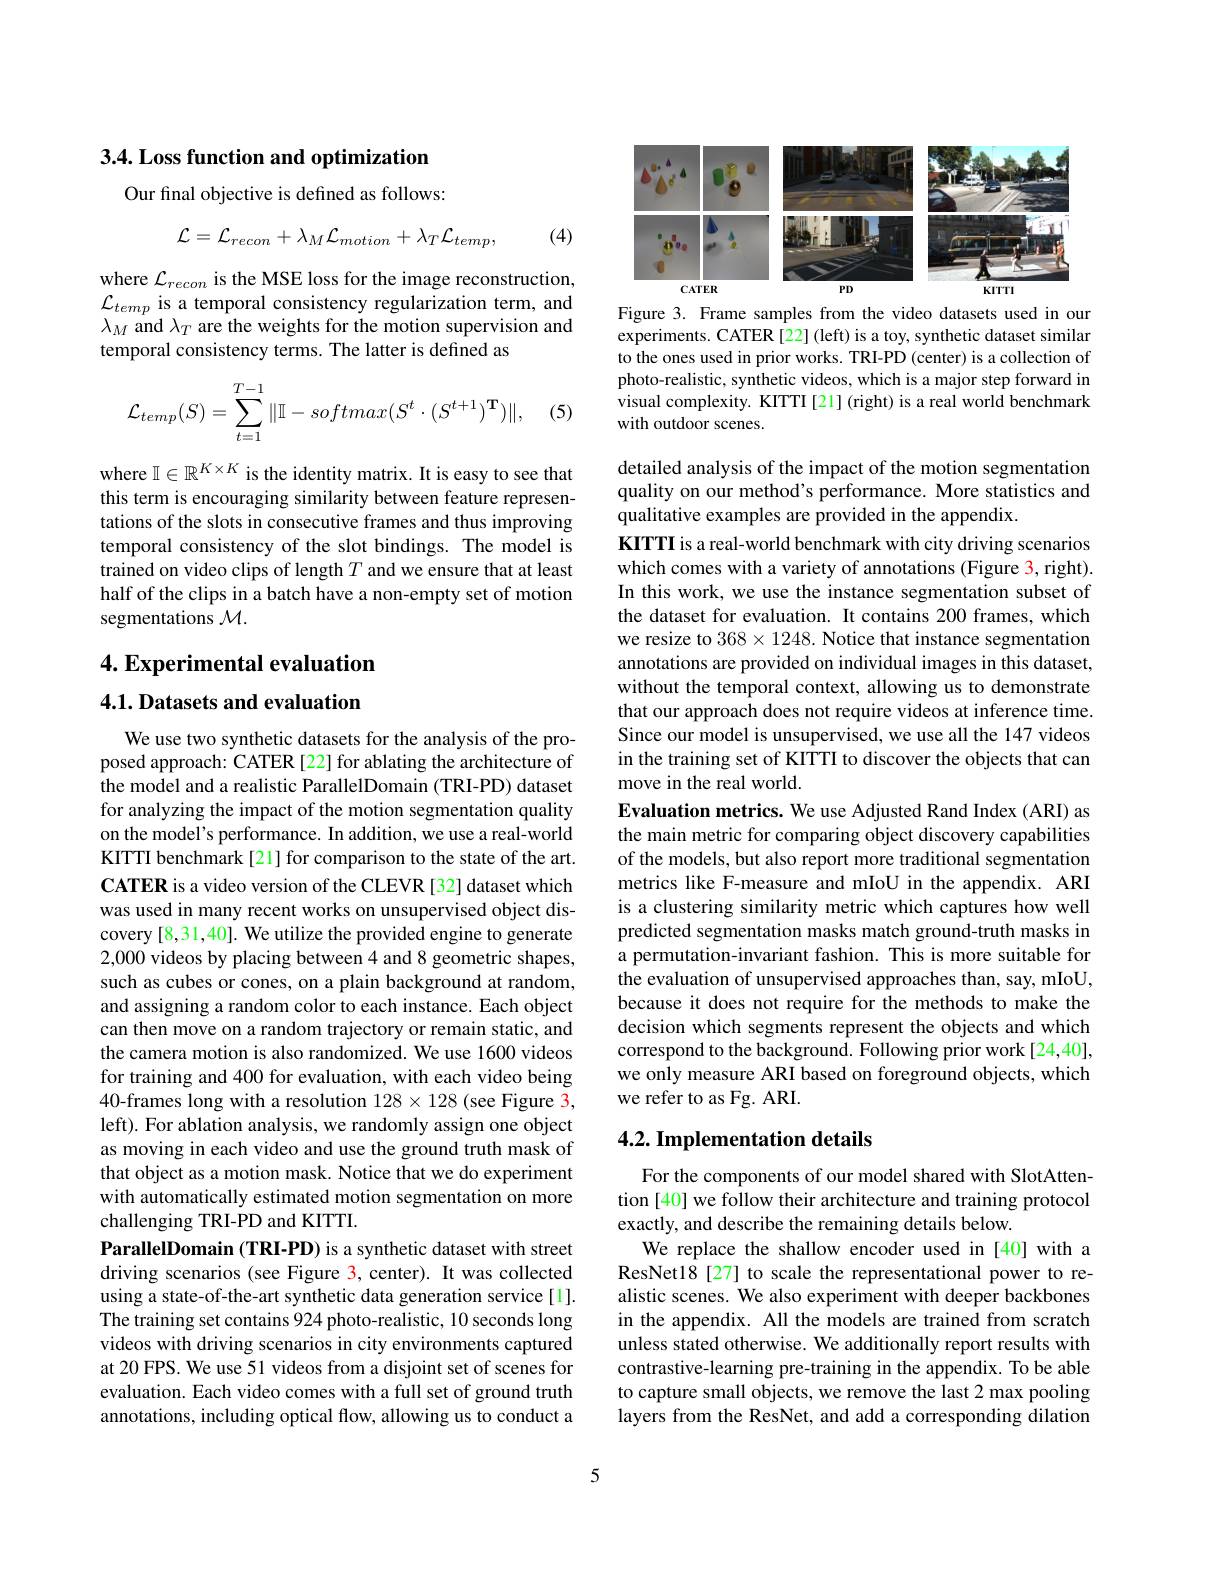
3.4. Loss function and optimization

Our final objective is defined as follows:
$$\mathcal{L}=\mathcal{L}_{recon}+\lambda_{M}\mathcal{L}_{motion}+\lambda_{T}\mathcal{L}_{temp},$$
(4)

where $\mathcal{L}_recon$ is the MSE loss for the image reconstruction, $\mathcal{L}_{temp}$ is a temporal consistency regularization term, and $\lambda_M$ and $\lambda_T$ are the weights for the motion supervision and temporal consistency terms. The latter is defined as
$$\mathcal{L}_{temp}(S)=\sum\limits_{t=1}^{T-1}\|\mathbb{I}-softmax(S^t\cdot(S^{t+1})^\mathbf{T})\|,$$
(5)

where $\mathbb{I}\in\mathbb{R}^K\times K$ is the identity matrix. It is easy to see that this term is encouraging similarity between feature representations of the slots in consecutive frames and thus improving temporal consistency of the slot bindings. The model is trained on video clips of length $T$ and we ensure that at least half of the clips in a batch have a non-empty set of motion segmentations $\mathcal{M}.$

4. Experimental evaluation

## 4.1. Datasets and evaluation

We use two synthetic datasets for the analysis of the proposed approach: CATER [22] for ablating the architecture of the model and a realistic ParallelDomain (TRI-PD) dataset for analyzing the impact of the motion segmentation quality on the model's performance. In addition, we use a real-world KITTI benchmark[21] for comparison to the state of the art. CATER is a video version of the CLEVR [32] dataset which was used in many recent works on unsupervised object discovery [8,31,40]. We utilize the provided engine to generate 2,000 videos by placing between 4 and 8 geometric shapes, such as cubes or cones, on a plain background at random, and assigning a random color to each instance. Each object can then move on a random trajectory or remain static, and the camera motion is also randomized. We use 1600 videos for training and 400 for evaluation, with each video being 40-frames long with a resolution $128\times128$ (see Figure 3, left). For ablation analysis, we randomly assign one object as moving in each video and use the ground truth mask of that object as a motion mask. Notice that we do experiment with automatically estimated motion segmentation on more challenging TRI-PD and KITTI.
ParallelDomain (TRI-PD) is a synthetic dataset with street driving scenarios (see Figure 3, center). It was collected using a state-of-the-art synthetic data generation service[1]. The training set contains 924 photo-realistic, 10 seconds long videos with driving scenarios in city environments captured at 20 FPS. We use 51 videos from a disjoint set of scenes for evaluation. Each video comes with a full set of ground truth annotations, including optical flow, allowing us to conduct a

<FigureHere>

Figure 3. Frame samples from the video datasets used in our experiments. CATER [22] (left) is a toy, synthetic dataset similar to the ones used in prior works. TRI-PD (center) is a collection of photo-realistic, synthetic videos, which is a major step forward in visual complexity. KITTI [21] (right) is a real world benchmark with outdoor scenes.

detailed analysis of the impact of the motion segmentation quality on our method's performance. More statistics and qualitative examples are provided in the appendix.
KITTI is a real-world benchmark with city driving scenarios which comes with a variety of annotations (Figure 3, right). In this work, we use the instance segmentation subset of the dataset for evaluation. It contains 200 frames, which we resize to 368$\times1248.$ Notice that instance segmentation annotations are provided on individual images in this dataset, without the temporal context, allowing us to demonstrate that our approach does not require videos at inference time. Since our model is unsupervised, we use all the 147 videos in the training set of KITTI to discover the objects that can move in the real world.
Evaluation metrics. We use Adjusted Rand Index (ARI) as the main metric for comparing object discovery capabilities of the models, but also report more traditional segmentation metrics like F-measure and mIoU in the appendix. ARI is a clustering similarity metric which captures how well predicted segmentation masks match ground-truth masks in a permutation-invariant fashion. This is more suitable for the evaluation of unsupervised approaches than, say, mIoU, because it does not require for the methods to make the decision which segments represent the objects and which correspond to the background. Following prior work[24,40], we only measure ARI based on foreground objects, which we refer to as Fg. ARI.

## 4.2. Implementation details

For the components of our model shared with SlotAttention [40] we follow their architecture and training protocol exactly, and describe the remaining details below.
We replace the shallow encoder used in [40] with a ResNet18[27] to scale the representational power to realistic scenes. We also experiment with deeper backbones in the appendix. All the models are trained from scratch unless stated otherwise. We additionally report results with contrastive-learning pre-training in the appendix. To be able to capture small objects, we remove the last 2 max pooling layers from the ResNet, and add a corresponding dilation

5